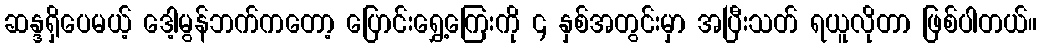
ဆန္ဒရှိပေမယ့် ဒေါ့မွန်ဘက်ကတော့ ပြောင်းရွှေ့ကြေးကို ၄ နှစ်အတွင်းမှာ အပြီးသတ် ရယူလိုတာ ဖြစ်ပါတယ်။